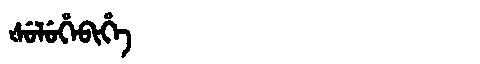
Manchu: ᡧᡠᠯᡠᡥᡝᠪᡳᡥᡝ
Romanization: ŠULUHEBIHE